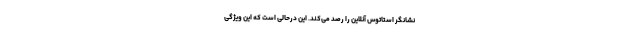
نشانگر استاتوس آنلاین را رصد می‌کند. این درحالی است که این ویژگی